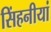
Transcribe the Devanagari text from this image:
सिंहनीयां